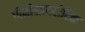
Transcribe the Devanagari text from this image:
पिनोसायटोटिक